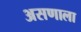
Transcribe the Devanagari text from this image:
असणाला